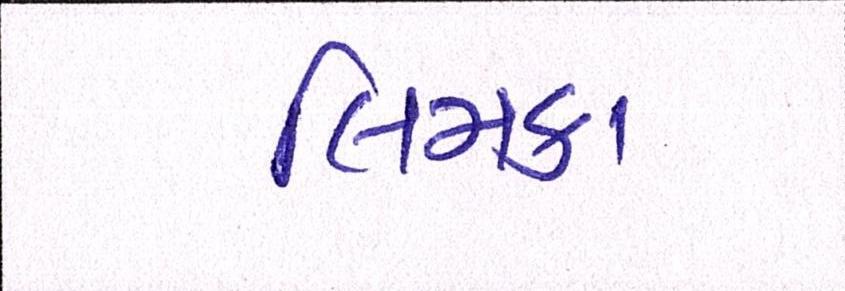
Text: લિમકા